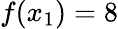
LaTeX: f(x_{1})=8